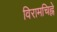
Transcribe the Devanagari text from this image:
विरामचिह्ने